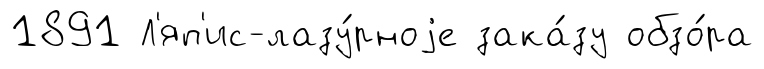
1891 Л'яп'ис-лазу́рноjе зака́зу обзо́ра